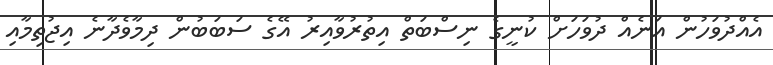
އެއްދުވަހުން އަނެއް ދުވަހަށް ކުނީގެ ނިސްބަތް އިތުރުވާއިރު އޭގެ ސަބަބުން ދިމާވެދާނެ އިޖުތިމާއި